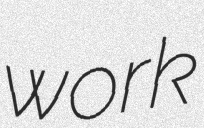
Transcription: work